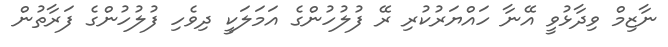
ނާޒިމް ވިދާޅުވީ އޭނާ ހައްޔަރުކުރި ރޭ ފުލުހުންގެ އަމަލަކީ ދިވެހި ފުލުހުންގެ ފަރާތުން